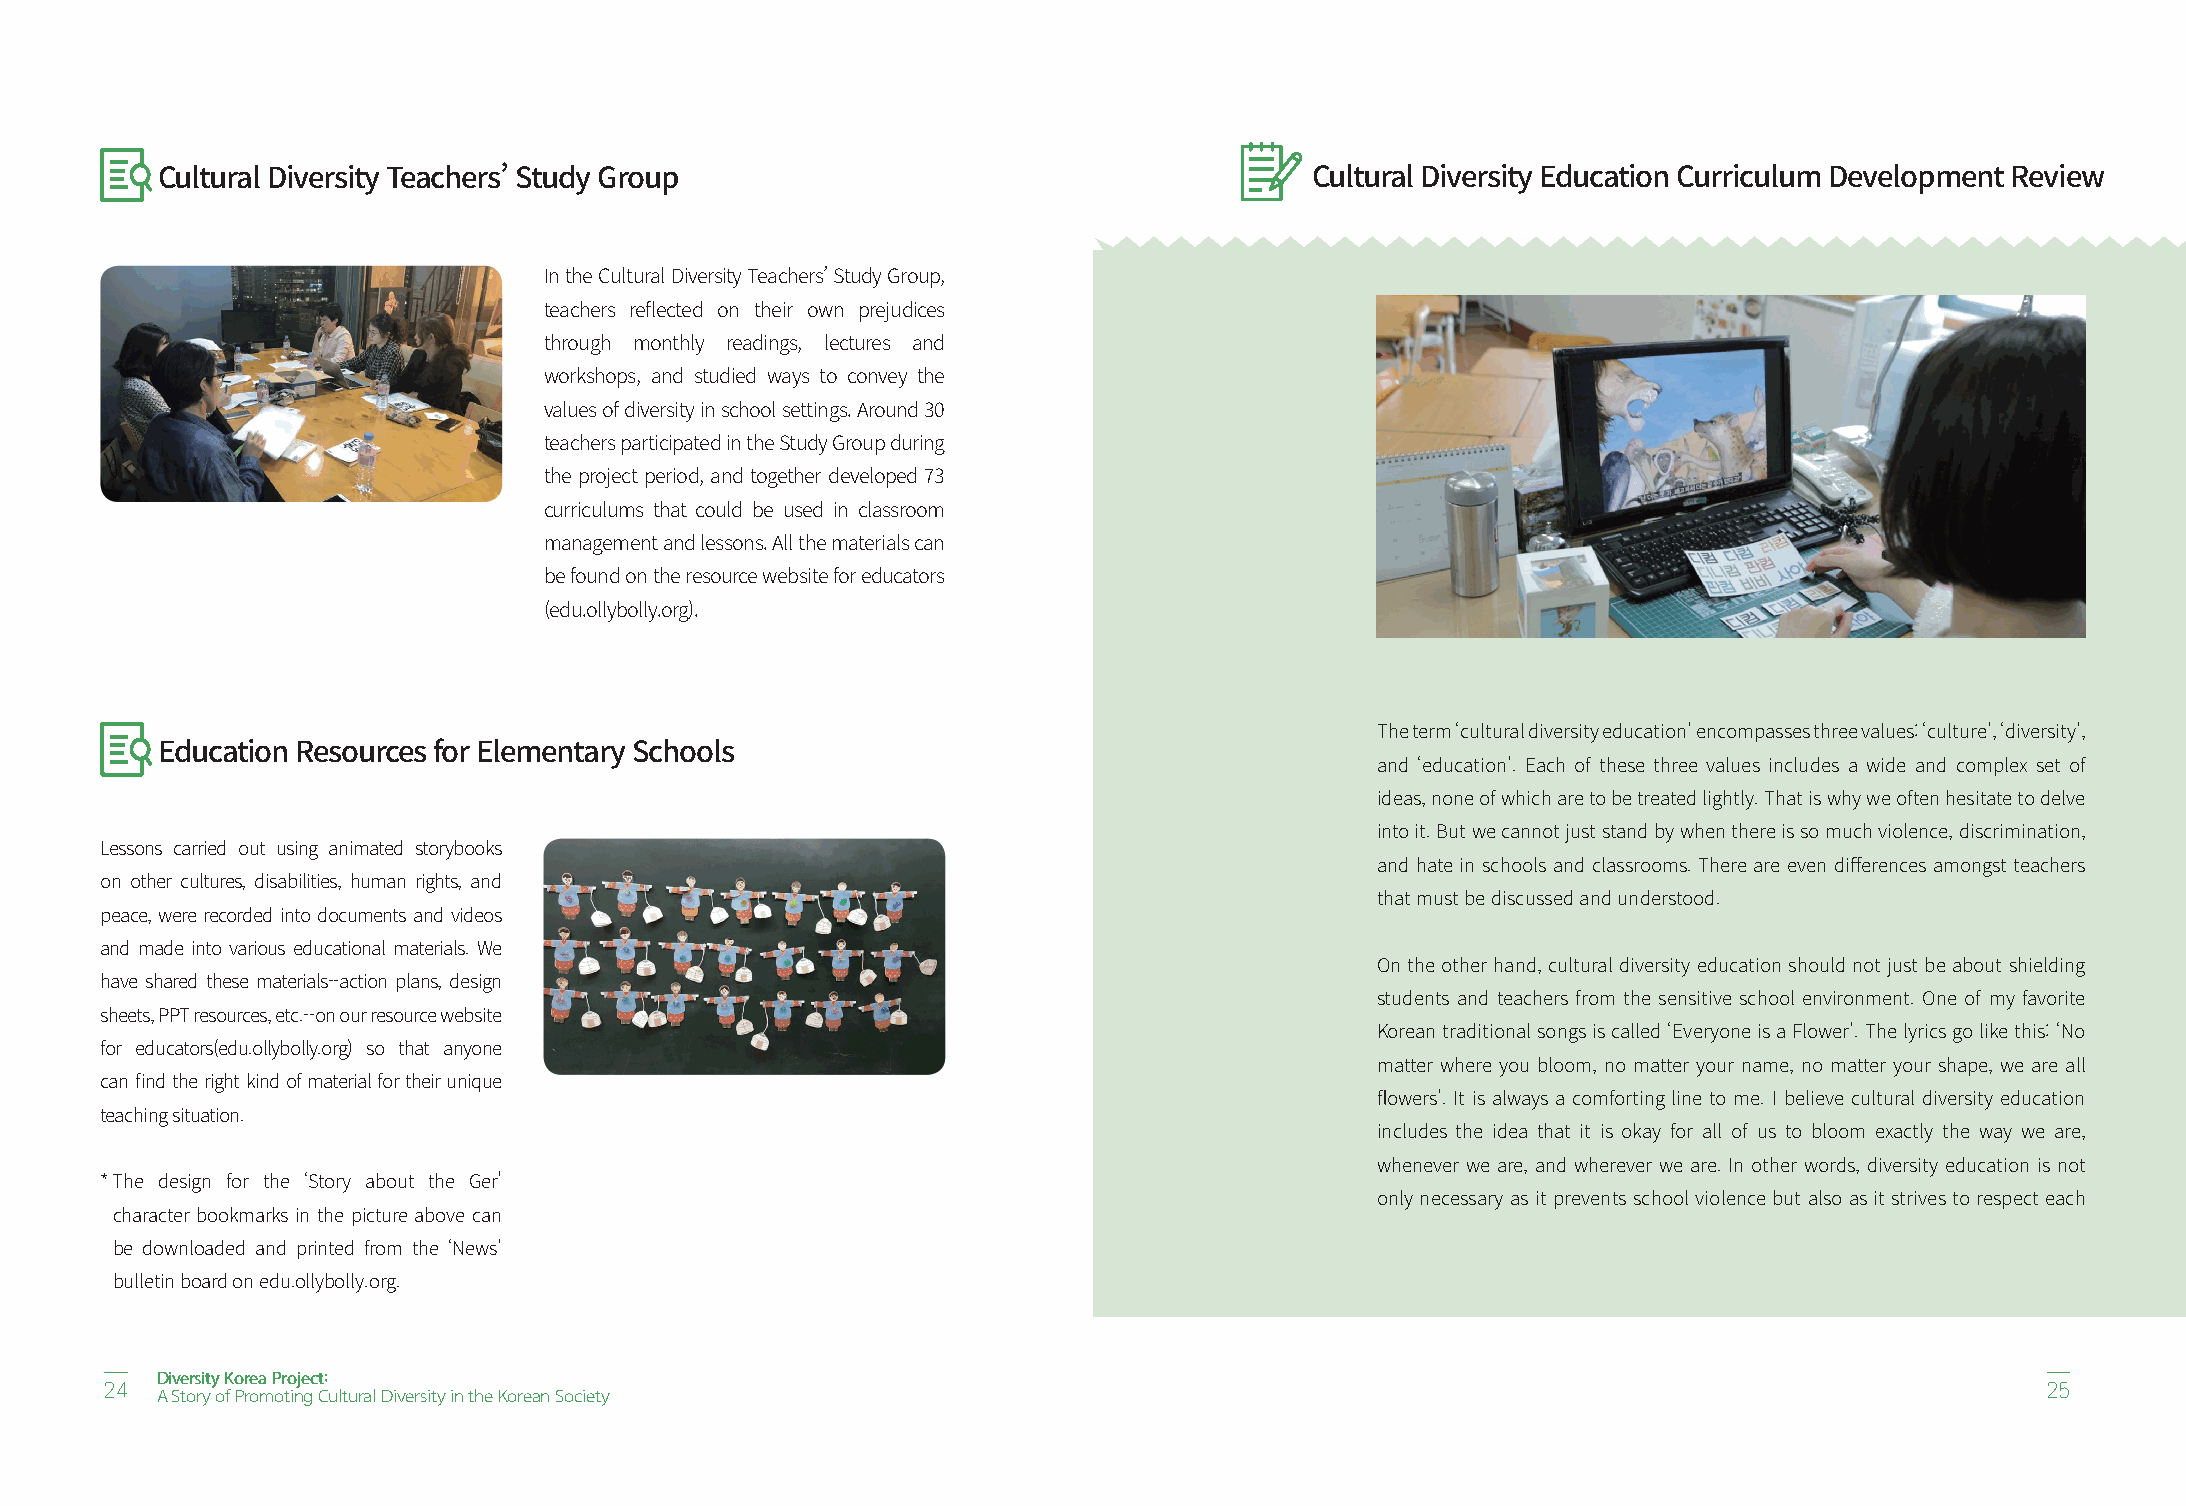
Cultural Diversity Teachers’ Study Group                                     Cultural Diversity Education Curriculum Development Review
 In the Cultural Diversity Teachers’ Study Group,
 teachers reflected on their own prejudices
 through monthly readings, lectures and
 workshops, and studied ways to convey the
 values of diversity in school settings. Around 30
 teachers participated in the Study Group during
 the project period, and together developed 73
 curriculums that could be used in classroom
 management and lessons. All the materials can
 be found on the resource website for educators
 (edu.ollybolly.org).
 The term ‘cultural diversity education’ encompasses three values: ‘culture’, ‘diversity’,
 Education Resources for Elementary Schools
 and ‘education’. Each of these three values includes a wide and complex set of
 ideas, none of which are to be treated lightly. That is why we often hesitate to delve
 into it. But we cannot just stand by when there is so much violence, discrimination,
 Lessons carried out using animated storybooks
 and hate in schools and classrooms. There are even differences amongst teachers
 on other cultures, disabilities, human rights, and
 that must be discussed and understood.
 peace, were recorded into documents and videos
 and made into various educational materials. We
 On the other hand, cultural diversity education should not just be about shielding
 have shared these materials--action plans, design
 students and teachers from the sensitive school environment. One of my favorite
 sheets, PPT resources, etc.--on our resource website
 Korean traditional songs is called ‘Everyone is a Flower’. The lyrics go like this: ‘No
 for educators(edu.ollybolly.org) so that anyone
 matter where you bloom, no matter your name, no matter your shape, we are all
 can find the right kind of material for their unique
 flowers’. It is always a comforting line to me. I believe cultural diversity education
 teaching situation.
 includes the idea that it is okay for all of us to bloom exactly the way we are,
 whenever we are, and wherever we are. In other words, diversity education is not
 * The design for the ‘Story about the Ger'
 only necessary as it prevents school violence but also as it strives to respect each
 character bookmarks in the picture above can
 be downloaded and printed from the ‘News’
 bulletin board on edu.ollybolly.org.
 Diversity Korea Project:
 24                                                                                                                              25
 A Story of Promoting Cultural Diversity in the Korean Society